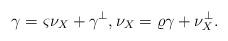
LaTeX: \begin{align*}\gamma = \varsigma \nu_X + \gamma^{\perp}, \nu_X = \varrho \gamma + \nu_X^{\perp}.\end{align*}